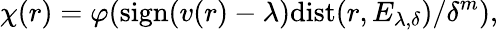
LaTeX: \chi(r)=\varphi(\mathrm{sign}(v(r)-\lambda)\mathrm{dist}(r,E_{\lambda,\delta})/\delta^{m}),